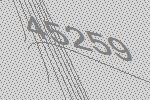
45259